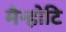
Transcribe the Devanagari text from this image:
मैन्होटि